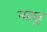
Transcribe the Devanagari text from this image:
नहछू